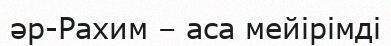
әр-Рахим – аса мейірімді